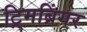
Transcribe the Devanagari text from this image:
ट्रिमब्रिंगर